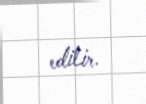
edilir.